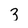
Character: 3